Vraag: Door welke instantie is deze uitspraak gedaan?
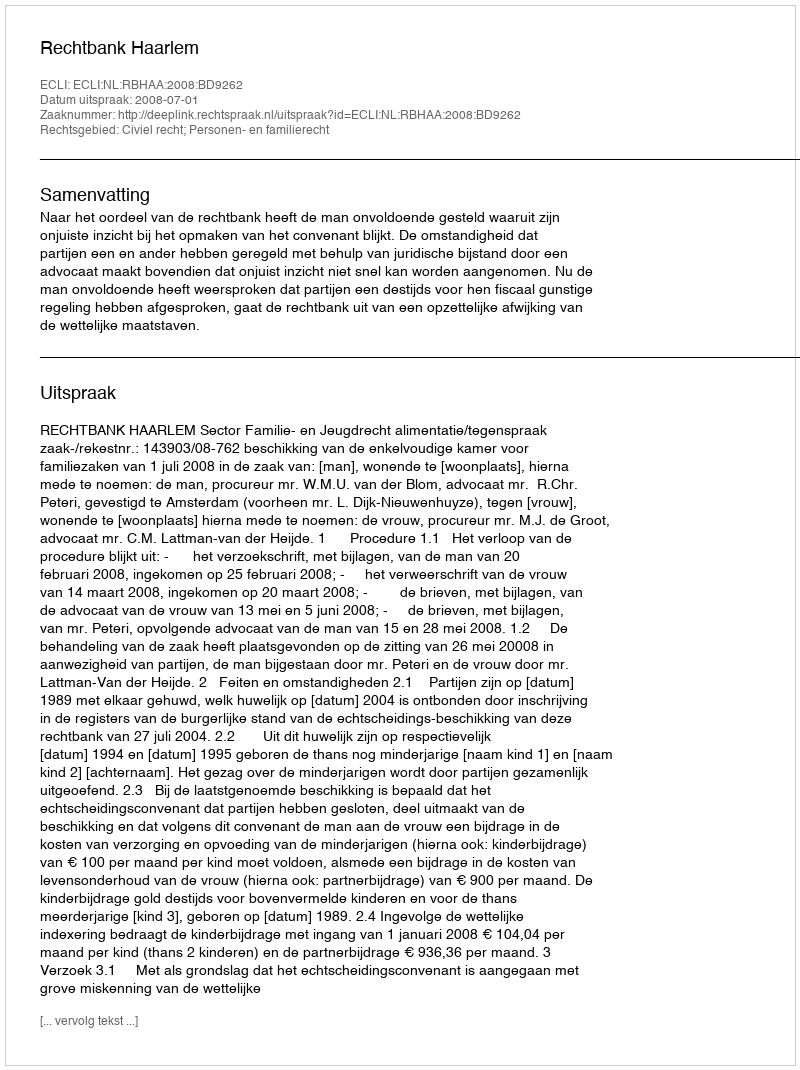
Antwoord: Rechtbank Haarlem